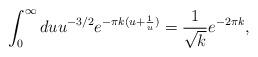
LaTeX: \begin{align*}\int _{0}^{\infty}du u^{-3/2}e^{-\pi k (u+\frac {1}{u})}=\frac {1}{\sqrt {k }}e^{-2\pi k },\end{align*}